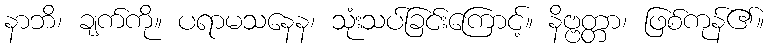
နာဘိ၊ ချက်ကို။ ပရာမသနေန၊ သုံးသပ်ခြင်းကြောင့်။ နိဗ္ဗတ္တာ၊ ဖြစ်ကုန်၏။